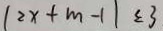
( 2 x + m - 1 ) \leq 3